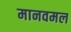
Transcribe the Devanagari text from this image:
मानवमल